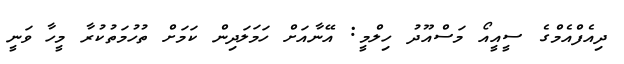
ދިއެފްއެމްގެ ސީއީއޯ މަސްއޫދު ހިލްމީ: އޭނާއަށް ހަމަލަދިން ކަމަށް ތުހުމަތުކުރާ މީހާ ވަނީ